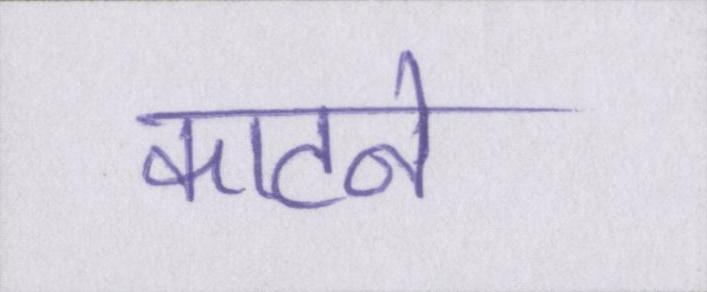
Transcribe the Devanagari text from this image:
काटने